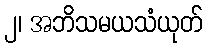
၂၊ အဘိသမယသံယုတ်